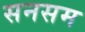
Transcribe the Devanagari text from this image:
सनसम